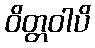
ဝိတ္တဝါပိ